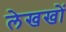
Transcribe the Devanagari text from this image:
लेखखों